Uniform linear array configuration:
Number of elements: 64
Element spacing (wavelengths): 1
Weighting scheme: kaiser
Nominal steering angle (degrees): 45
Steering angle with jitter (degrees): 46.424
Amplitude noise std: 0.05
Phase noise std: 0.05

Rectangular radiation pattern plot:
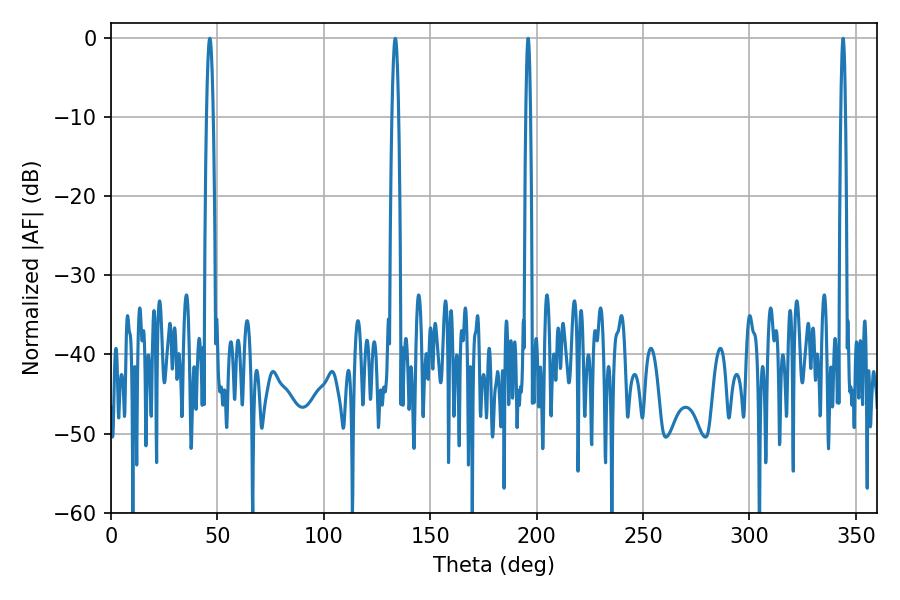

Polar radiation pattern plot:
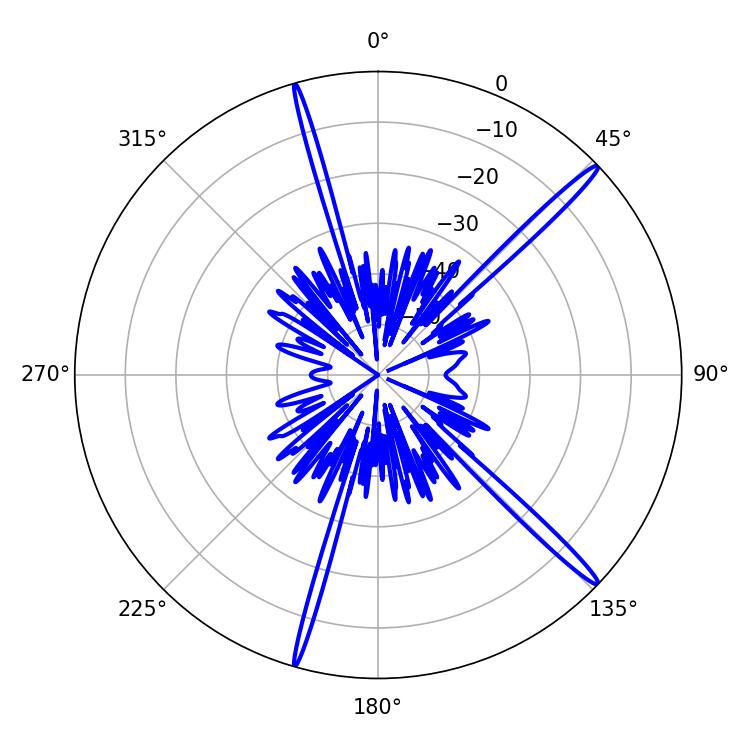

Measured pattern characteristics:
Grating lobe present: TRUE
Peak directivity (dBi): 17.537
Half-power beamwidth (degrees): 1.8
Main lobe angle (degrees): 133.56